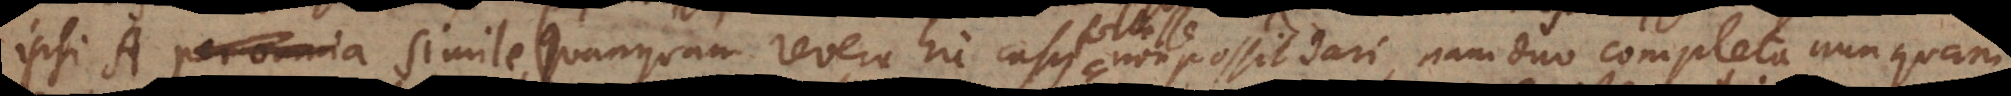
ipsi A per omnia simile (Quanquam revera hic casus non possit dari, nam duo completa nunquam